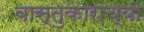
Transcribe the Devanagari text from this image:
वास्तुकारांच्या